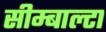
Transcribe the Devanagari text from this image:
सीम्बाल्टा